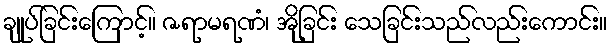
ချုပ်ခြင်းကြောင့်။ ဇရာမရဏံ၊ အိုခြင်း သေခြင်းသည်လည်းကောင်း။